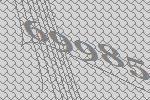
69985